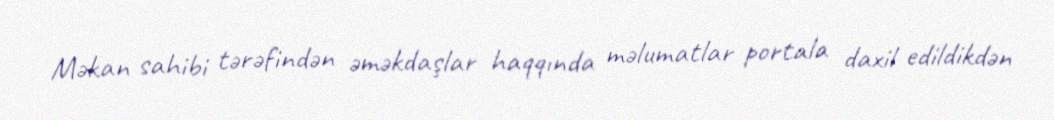
Məkan sahibi tərəfindən əməkdaşlar haqqında məlumatlar portala daxil edildikdən